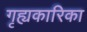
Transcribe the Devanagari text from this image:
गृह्यकारिका